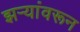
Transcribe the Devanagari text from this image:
झऱ्यांवरून